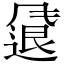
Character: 𫗂